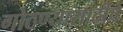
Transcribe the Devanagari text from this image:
गोठण्यासाठीचे